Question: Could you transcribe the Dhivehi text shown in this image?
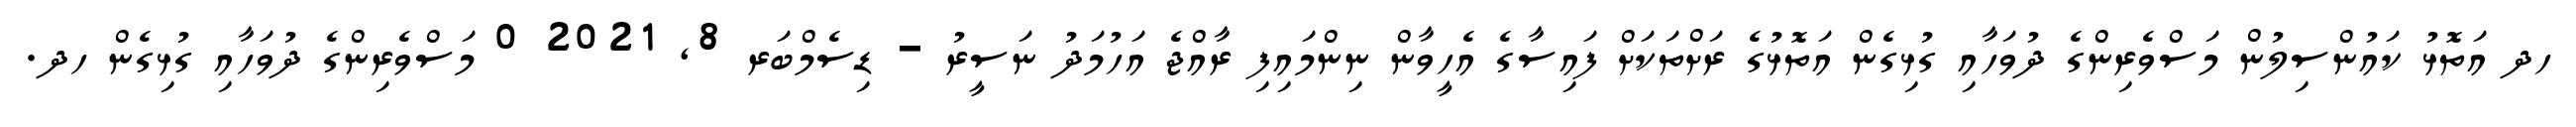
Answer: ހދ އަތޮޅު ކައުންސިލުން މަސްވެރިންގެ ދުވަހާއި ގުޅިގެން އަތޮޅުގެ ރަށްތަކަށް ފައިސާގެ އެހީވާން ނިންމައިފި ރާއްޖެ އަހުމަދު ނަސީރު - ޑިސެމްބަރ 8, 2021 0 މަސްވެރިންގެ ދުވަހާއި ގުޅިގެން ހދ.